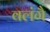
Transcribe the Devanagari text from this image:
वलंगै